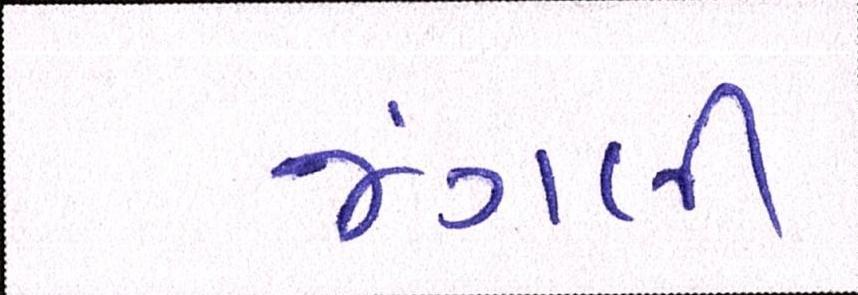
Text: જંગલી